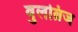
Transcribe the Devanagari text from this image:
वुलब्रिज